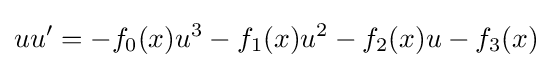
uu'=-f_{0}(x)u^{3}-f_{1}(x)u^{2}-f_{2}(x)u-f_{3}(x)